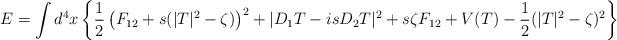
LaTeX: \begin{align*}E = \int d^4x \left\{\frac12 \left( F_{12}+s(|T|^2-\zeta)\right)^2+|D_1T-isD_2T|^2 +s\zeta F_{12} +V(T) -\frac12(|T|^2-\zeta)^2 \right\} \end{align*}